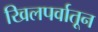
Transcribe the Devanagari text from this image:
खिलपर्वातून